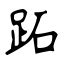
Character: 跖